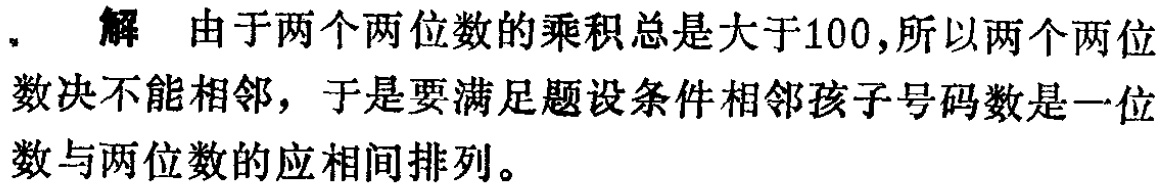
. 解 由于两个两位数的乘积总是大于100,所以两个两位数决不能相邻，于是要满足题设条件相邻孩子号码数是一位数与两位数的应相间排列。